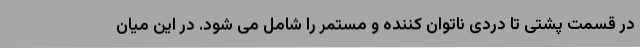
در قسمت پشتی تا دردی ناتوان کننده و مستمر را شامل می شود. در این میان